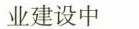
业建设中